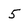
Character: 5